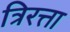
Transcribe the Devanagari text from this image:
त्रिरत्ता